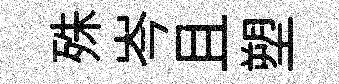
殊岑且塑